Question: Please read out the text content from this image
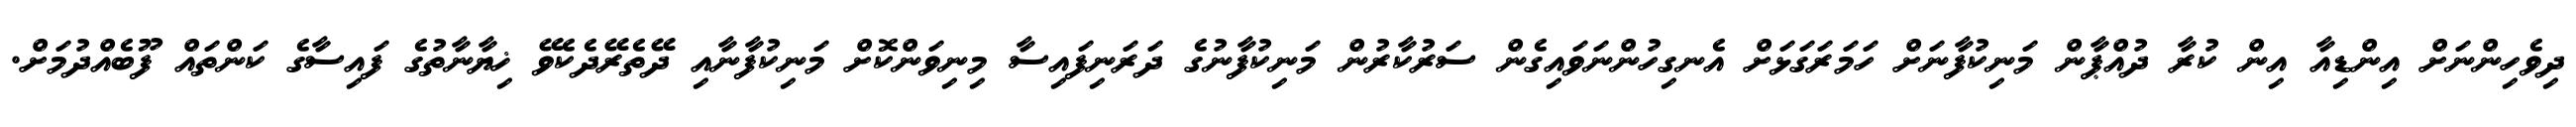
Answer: ދިވެހިންނަށް އިންޑިއާ އިން ކުރާ ދުއްޕާން މަނިކުފާނަށް ހަމަރަގަޅަށް އެނގިހުންނަވައިގެން ސަރުކާރުން މަނިކުފާނުގެ ދަރަނިފައިސާ މިނިވަންކޮށް މަނިކުފާނާއި ދޭތެރޭދެކެވޭ ޚިޔާނާތުގެ ފައިސާގެ ކަންތައް ފޫބެއްދުމަށް.